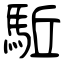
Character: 駈